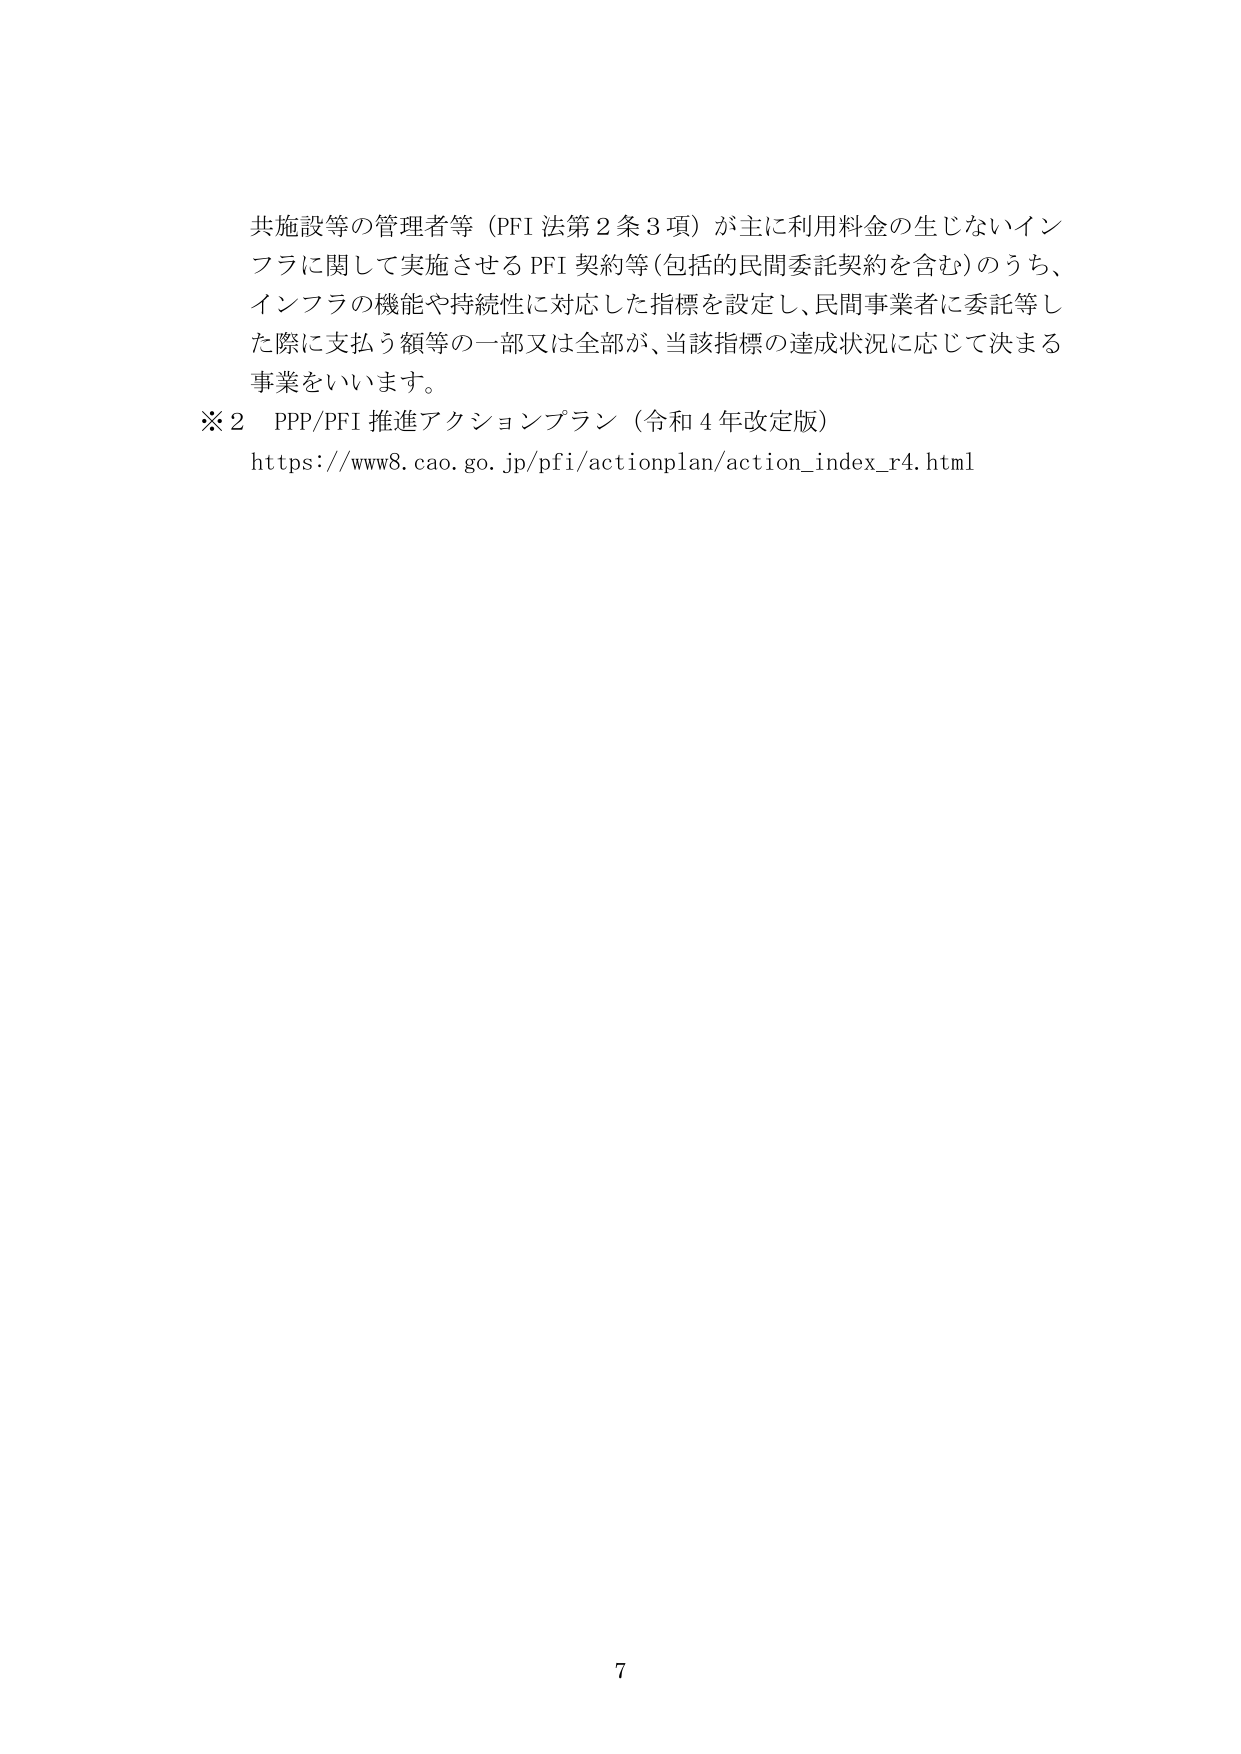
共施設等の管理者等（PFI 法第２条３項）が主に利用料金の生じないインフラに関して実施させる PFI 契約等（包括的民間委託契約を含む）のうち、インフラの機能や持続性に対応した指標を設定し、民間事業者に委託等した際に支払う額等の一部又は全部が、当該指標の達成状況に応じて決まる事業をいいます。

※２　PPP/PFI 推進アクションプラン（令和４年改定版）
https://www8.cao.go.jp/pfi/actionplan/action_index_r4.html

7